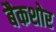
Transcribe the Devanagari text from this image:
बैकशोर